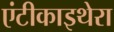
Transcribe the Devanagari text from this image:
एंटीकाइथेरा